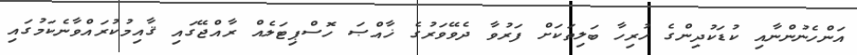
އަންހެނުންނާއި ކުޑަކުދިންގެ ހުރިހާ ބަލިތަކަށް ފަރުވާ ދެވޭވަރުގެ ޚާއްޞަ ހޮސްޕިޓަލެއް ރާއްޖޭގައި ޤާއިމުކުރައްވާނެކަމުގައި